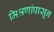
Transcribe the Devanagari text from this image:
मिश्रणांपासून